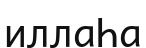
иллаҺа